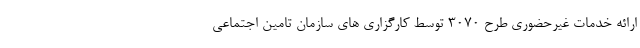
ارائه خدمات غیرحضوری طرح ۳۰۷۰ توسط کارگزاری های سازمان تامین اجتماعی